Plague in India, 1896, 1897 - Volume 3
Year: 1896
Disease focus: Plague
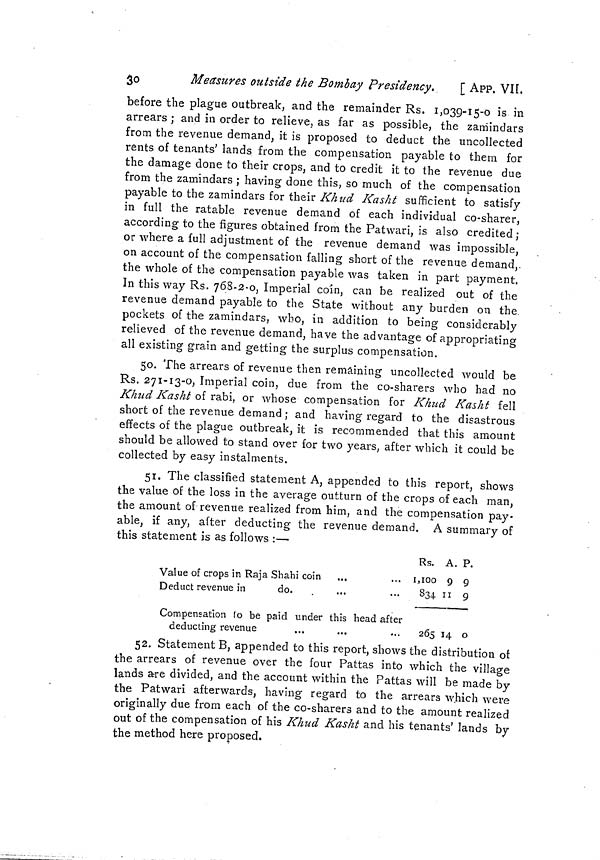
30
Measures outside the Bombay Presidency,
[ APP. VII,
before the plague outbreak, and the remainder Rs. 1,039-15-0 is in
arrears ; and in order to relieve, as far as possible, the zamindars
from the revenue demand, it is proposed to deduct the uncollected
rents of tenants' lands from the compensation payable to them for
the damage done to their crops, and to credit it to the revenue due
from the zamindars ; having done this, so much of the compensation
payable to the zamindars for their Khud Kasht sufficient to satisfy
in full the ratable revenue demand of each individual co-sharer,
according to the figures obtained from the Patwari, is also credited ;
or where a full adjustment of the revenue demand was impossible,
on account of the compensation falling short of the revenue demand,.
the whole of the compensation payable was taken in part payment.
In this way Rs. 768-2-0, Imperial coin, can be realized out of the
revenue demand payable to the State without any burden on the
pockets of the zamindars, who, in addition to being considerably
relieved of the revenue demand, have the advantage of appropriating
all existing grain and getting the surplus compensation.
50. The arrears of revenue then remaining uncollected would be
Rs. 271-13-0, Imperial coin, due from the co-sharers who had no
Khud Kasht of rabi, or whose compensation for Khud Kasht fell
short of the revenue demand ; and having regard to the disastrous
effects of the plague outbreak, it is recommended that this amount
should be allowed to stand over for two years, after which it could be
collected by easy instalments.
51. The classified statement A, appended to this report, shows
the value of the loss in the average outturn of the crops of each man,
the amount of revenue realized from him, and the compensation pay.
able, if any, after deducting the revenue demand. A summary of
this statement is as follows :—
Value of crops in Raja Shahi coin
Deduct revenue in
do.
Compensation to be paid under this head after
deducting revenue
Rs. A. P.
1,100 9 9
834 11 9
265 14 o
52. Statement B, appended to this report, shows the distribution of
the arrears of revenue over the four Pattas into which the village
lands are divided, and the account within the Pattas will be made by
the Patwari afterwards, having regard to the arrears which were
originally due from each of the co-sharers and to the amount realized
out of the compensation of his Khud Kasht and his tenants' lands by
the method here proposed.